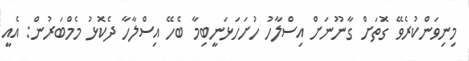
މިނިވަންކުރެވޭ ގޮތަށް ގާނޫނަށް އިސްލާހު ހުށަހަޅަނީބިމާ ބެހޭ އިސްލާހާ ދެކޮޅު މެމްބަރުން: އެއީ